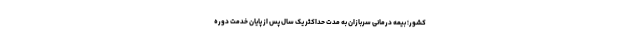
کشور؛ بیمه درمانی سربازان به مدت حداکثر یک سال پس از پایان خدمت دوره